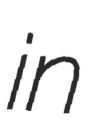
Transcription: in